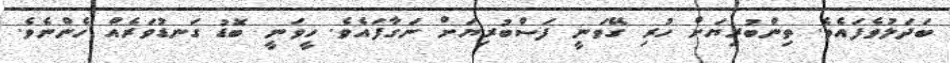
ބަދަލުވެފައެވެ. ތިންބުރިޔަށް ހުރި ގޭވަނީ ފަސްބުރިޔަށް ނަގާފައެވެ. ހީވަނީ ބޮޑު ގަނޑުވަރެއް ހެންނެވެ.